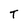
Character: T